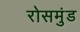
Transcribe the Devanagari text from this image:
रोसमुंड